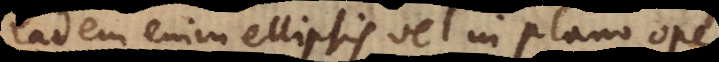
eadem enim ellipsis vel in plano ope